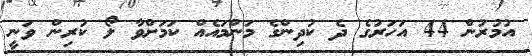
އުމުރުން 44 އަހަރުގެ ދެ ކުދިންގެ މަންމައެއް ކަމަށްވާ ލޯ ކުރިން ވަނީ